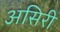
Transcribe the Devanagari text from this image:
असिरी